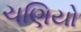
ચણિયો